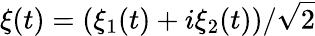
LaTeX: \xi(t)=(\xi_{1}(t)+i\xi_{2}(t))/\sqrt{2}